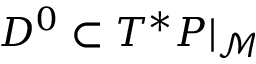
D ^ { 0 } \subset T ^ { * } { \cal P } { \vert _ { \mathcal { M } } }